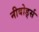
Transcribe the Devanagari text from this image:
नीबोर्ड्स